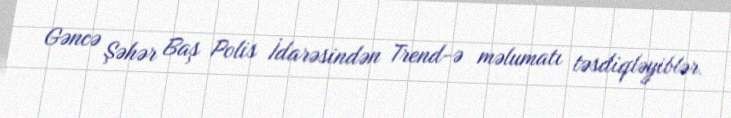
Gəncə Şəhər Baş Polis İdarəsindən Trend-ə məlumatı təsdiqləyiblər.